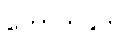
ကောက်နုတ်